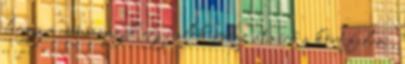
hogy a csúcsszögek egyenlők Az átmérő a kört felezi,